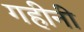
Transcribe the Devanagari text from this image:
गहीनी